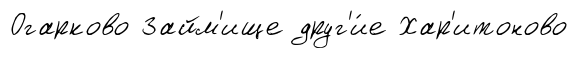
Огарково Займ'ище друг'и́е Хар'итоново